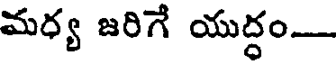
మధ్య జరిగే యుద్ధం